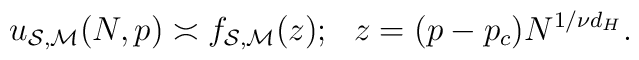
\protectu_{{\cal{S}},{\cal{M}}}(N,p) \asymp f_{{\cal{S}},{\cal{M}}}(z); ~~  z =  (p - p_c)N^{1/\nu d_H}.